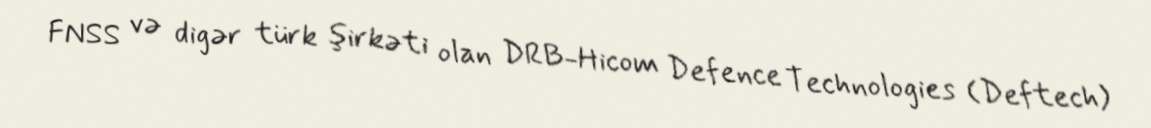
FNSS və digər türk şirkəti olan DRB-Hicom Defence Technologies (Deftech)